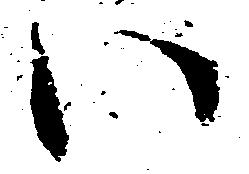
い